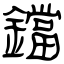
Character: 鐺